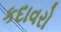
કદાવરો